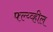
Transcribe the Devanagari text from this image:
फ्ल्य्व्हील